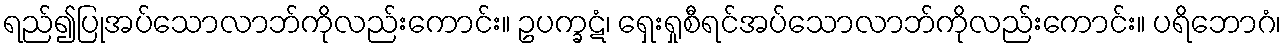
ရည်၍ပြုအပ်သောလာဘ်ကိုလည်းကောင်း။ ဥပက္ခဋံ၊ ရှေးရှုစီရင်အပ်သောလာဘ်ကိုလည်းကောင်း။ ပရိဘောဂံ၊